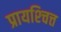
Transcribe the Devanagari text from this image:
प्रायश्‍चित्त